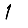
Digit: 1